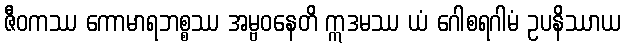
ဇီဝကဿ ကောမာရဘစ္စဿ အမ္ဗဝနေတိ ဣဒမဿ ယံ ဂေါစရဂါမံ ဥပနိဿာယ